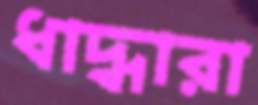
ধাদ্ধারা